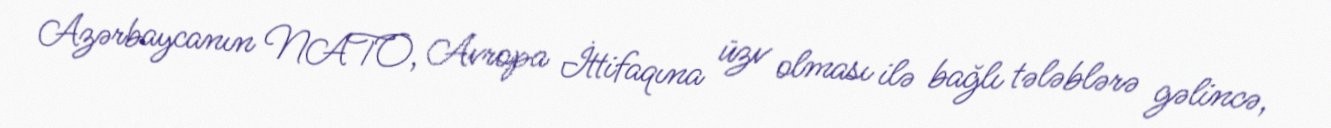
Azərbaycanın NATO, Avropa İttifaqına üzv olması ilə bağlı tələblərə gəlincə,